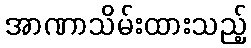
အာဏာသိမ်းထားသည့်